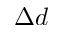
\Delta d